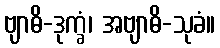
ဗျာဓိ-ဒုက္ခံ၊ အဗျာဓိ-သုခံ။